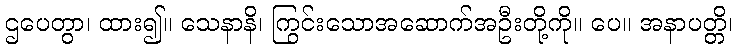
ဌပေတွာ၊ ထား၍။ သေနာနိ၊ ကြွင်းသောအဆောက်အဦးတို့ကို။ ပေ။ အနာပတ္တိ၊